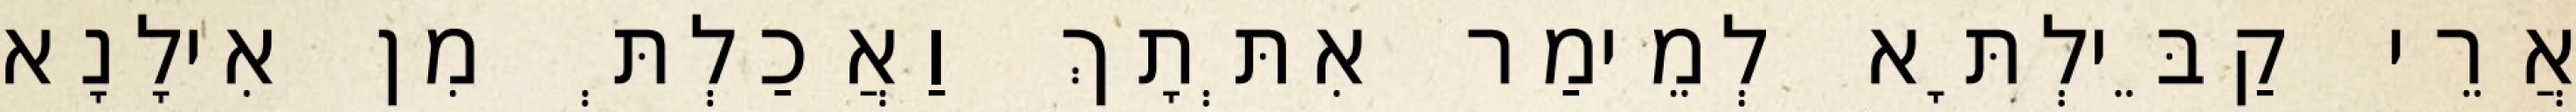
אֲרֵי קַבֵּילְתָּא לְמֵימַר אִתְּתָךְ וַאֲכַלְתְּ מִן אִילָנָא